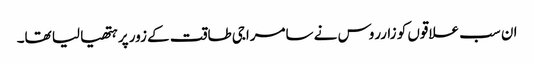
ان سب علاقوں کو زارروس نے سامراجی طاقت کے زور پر ہتھیا لیا تھا۔